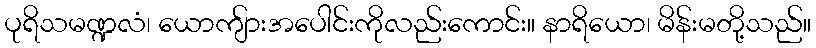
ပုရိသမဏ္ဍလံ၊ ယောကျ်ားအပေါင်းကိုလည်းကောင်း။ နာရိယော၊ မိန်းမတို့သည်။